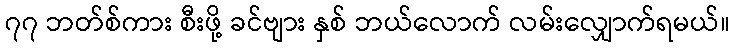
၇၇ ဘတ်စ်ကား စီးဖို့ ခင်ဗျား နှစ် ဘယ်လောက် လမ်းလျှောက်ရမယ်။